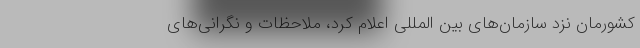
کشورمان نزد سازمان‌های بین المللی اعلام کرد، ملاحظات و نگرانی‌های